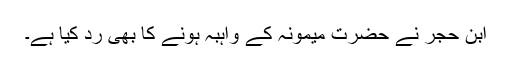
ابن حجر نے حضرت میمونہ کے واہبہ ہونے کا بھی رد کیا ہے۔